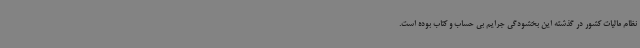
نظام مالیات کشور در گذشته این بخشودگی جرایم بی حساب و کتاب بوده است.